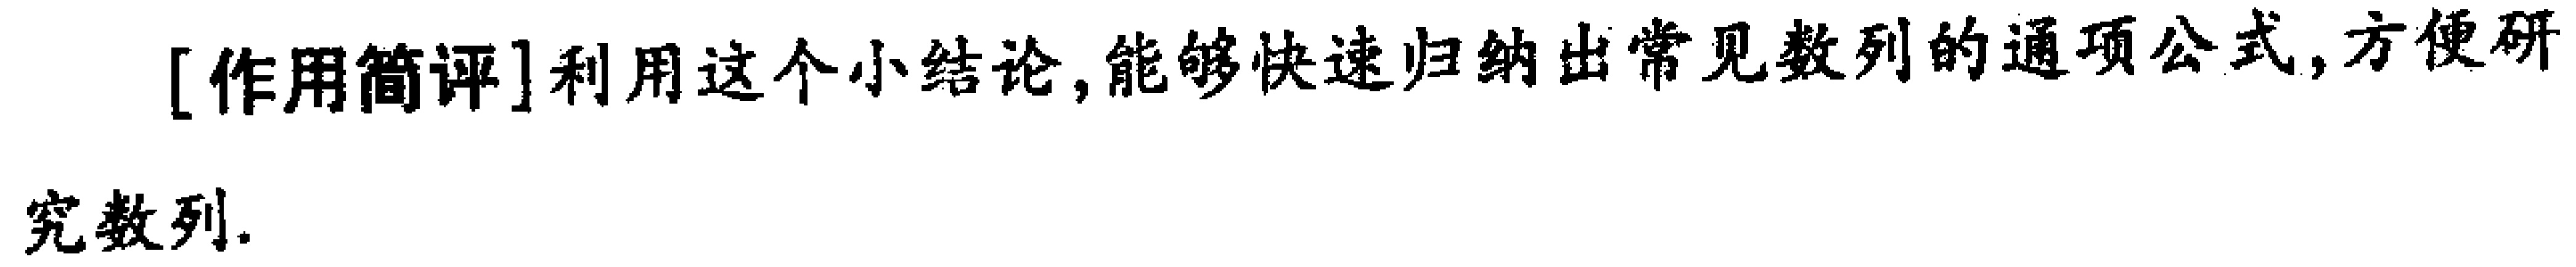
[作用简评]利用这个小结论,能够快速归纳出常见数列的通项公式,方便研究数列.